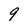
Character: 9